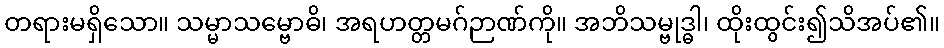
တရားမရှိသော။ သမ္မာသမ္ဗောဓိ၊ အရဟတ္တမဂ်ဉာဏ်ကို။ အဘိသမ္ဗုဒ္ဓါ၊ ထိုးထွင်း၍သိအပ်၏။